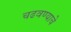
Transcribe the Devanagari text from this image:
चढवण्याचे